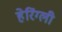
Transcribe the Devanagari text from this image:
हेरिंग्ली